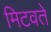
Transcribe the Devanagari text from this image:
मिटवते